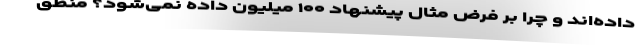
داده‌اند و چرا بر فرض مثال پیشنهاد ۱۰۰ میلیون داده نمی‌شود؟ منطق